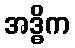
အဒ္ဓိက